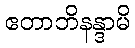
ဧတာဘိနန္ဒာမိ